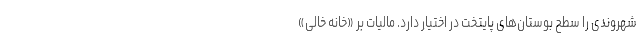
شهروندی را سطح بوستان‌های پایتخت در اختیار دارد. مالیات بر «خانه خالی»